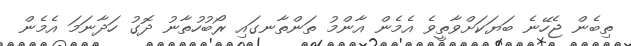
ތިބެން ޖެހޭނެ ބަޔަކަށްވާތީވެ އެމެން އާންމު ތަންތާނގައި ރޯބުހުތާނު ދޮގު ހަދާނަމަ އެމެން